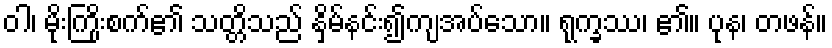
ဝါ၊ မိုးကြိုးစက်၏ သတ္တိသည် နှိမ်နင်း၍ကျအပ်သော။ ရုက္ခဿ၊ ၏။ ပုန၊ တဖန်။